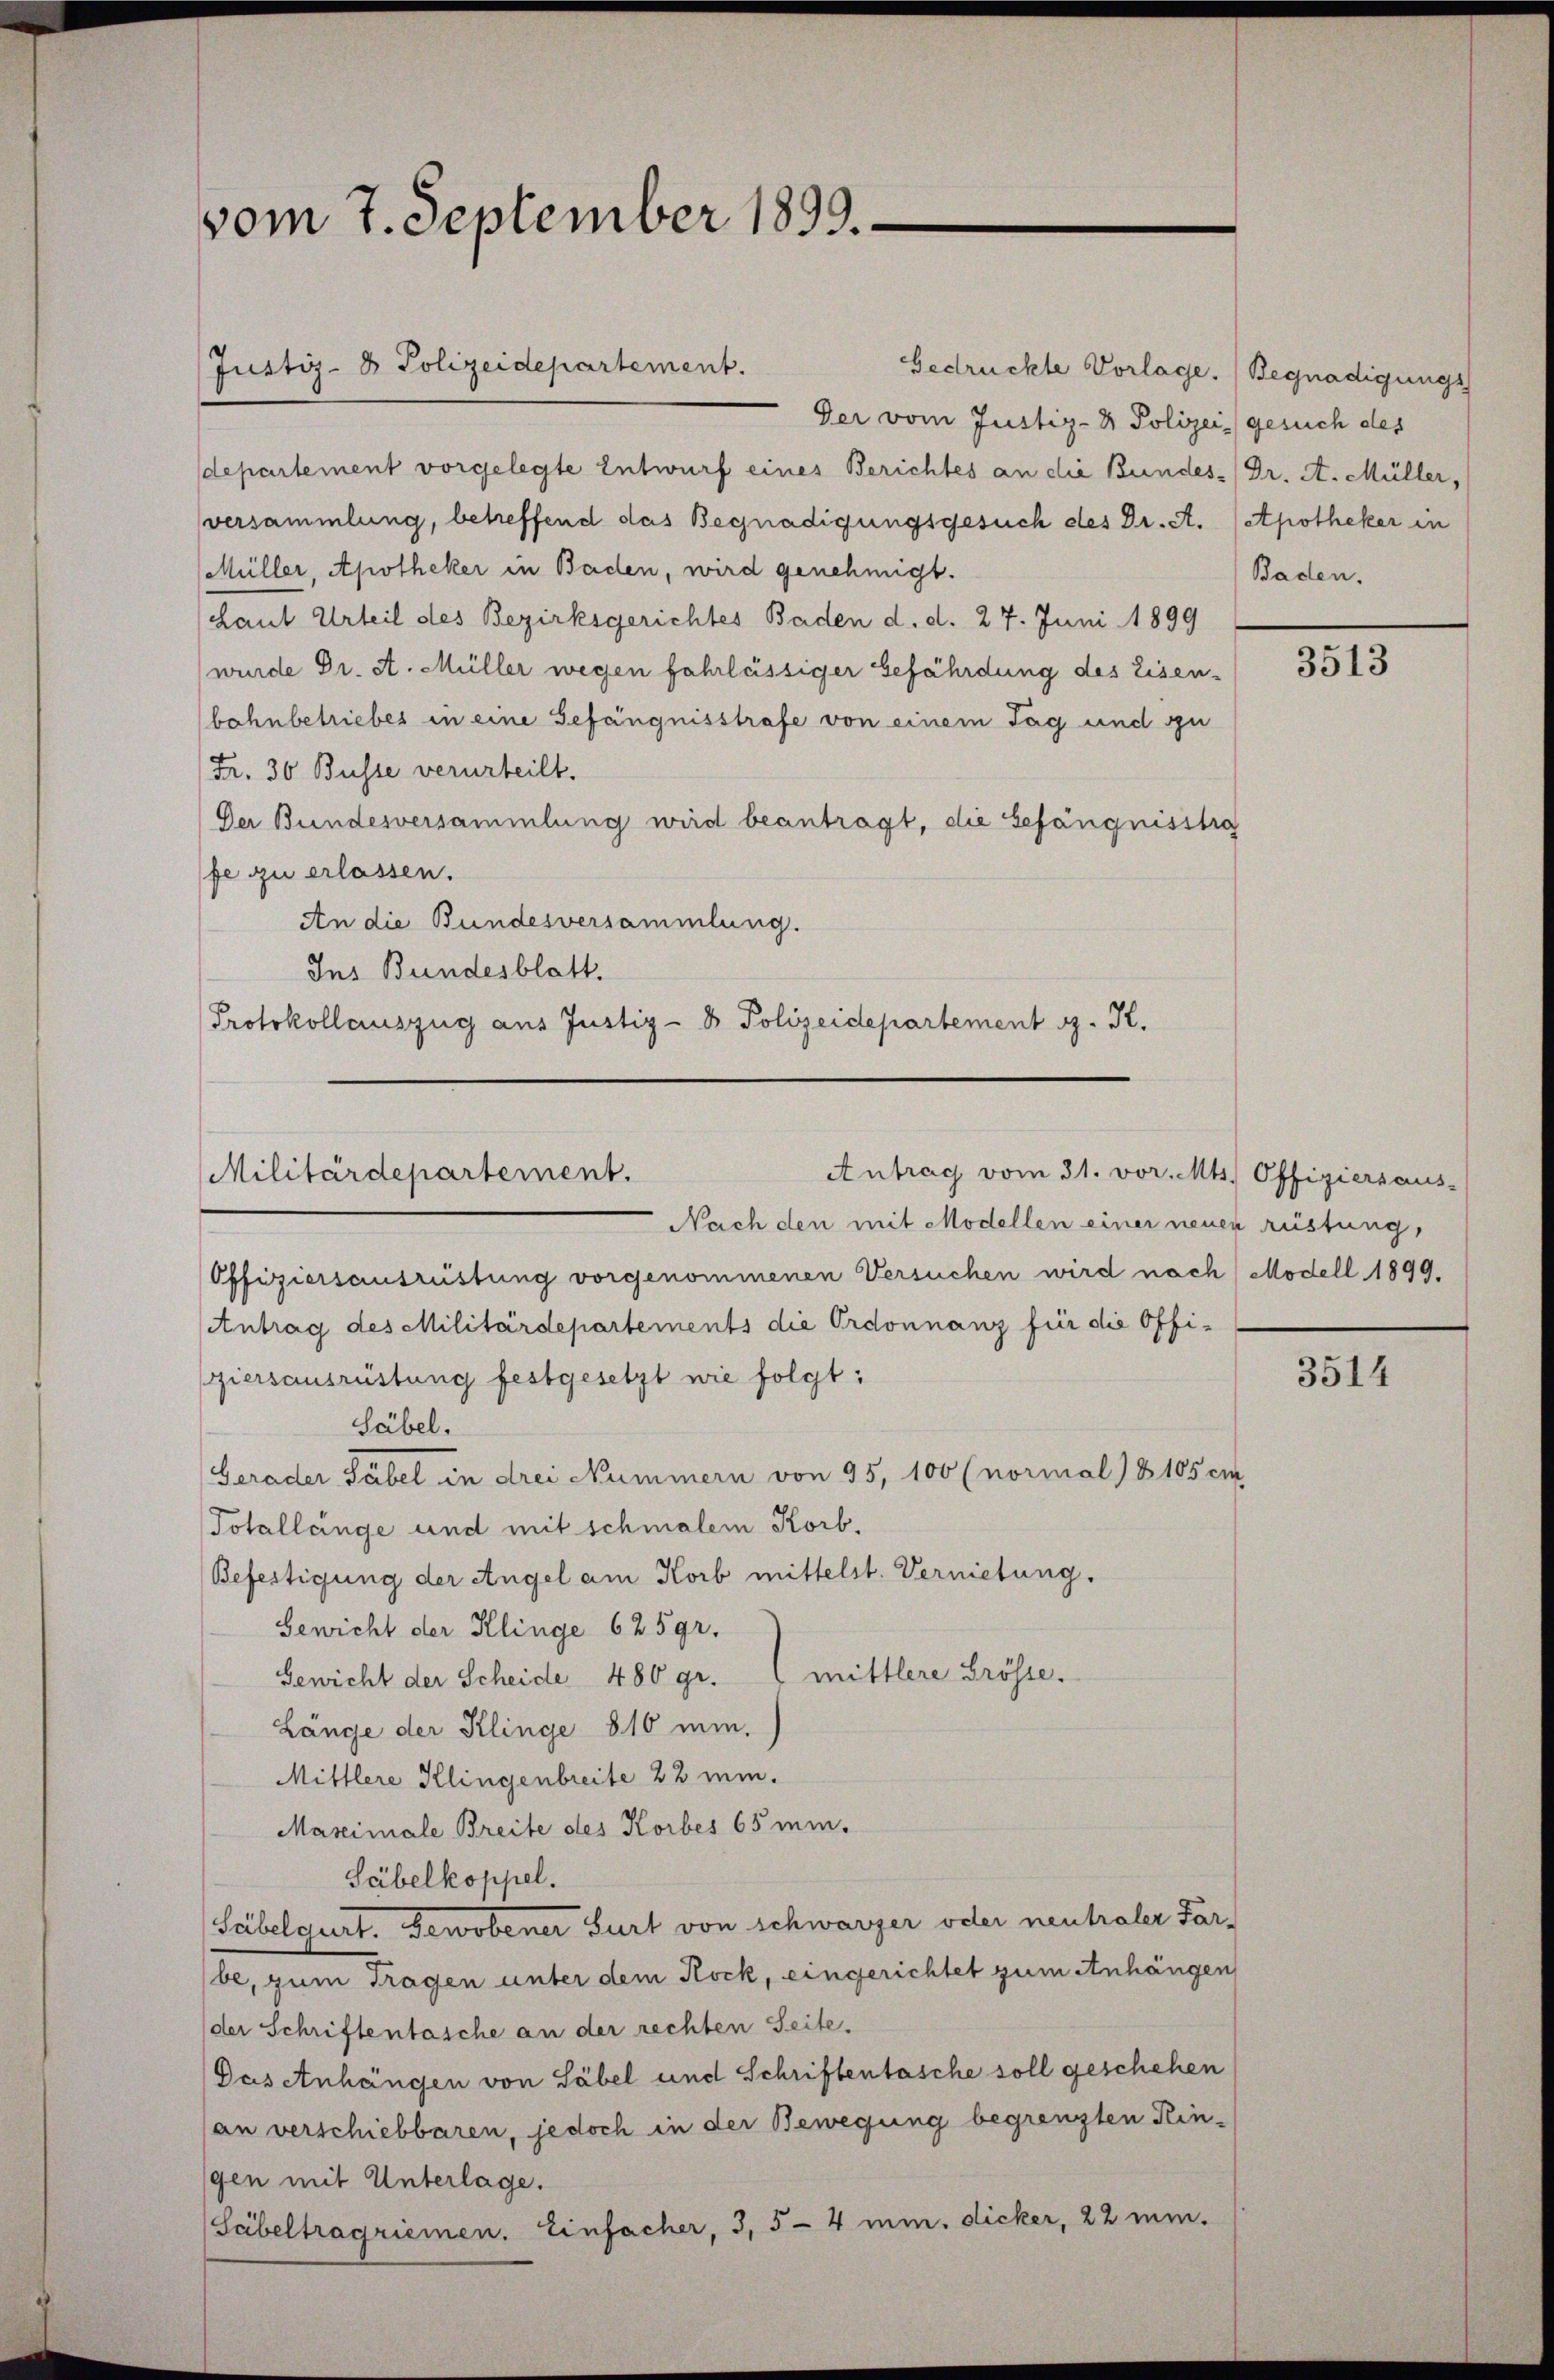
vom 7. September 1899.

Justiz- & Polizeidepartement.

Der vom Justiz- & Polizei gesuch des
departement vorgelegte Entwurf eines Berichtes an die Bundes Dr. A. Müller,
versammlung, betreffend das Begnadigungsgesuch des Dr. A. (Apotheker in
Müller, Apotheker in Baden, wird genehmigt.
Laut Urteil des Bezirksgerichtes Baden d. d. 27. Juni 1899
wurde Dr. A. Müller wegen fahrlässiger Gefährdung des Eisen-
bahnbetriebes in eine Gefängnisstrafe von einem Tag und gu
Fr. 30 Busse verurteilt.
Der Bundesversammlung wird beantragt, die Gefängnisstra
fe zu erlassen.
An die Bundesversammlung.
Ins Bundesblatt.
Protokollauszug aus Justiz- & Polizeidepartement J. K.

Antrag vom 31. vor. Mts. Offiziersaus-
Militärdepartement.

Gedrückte Vorlage. (Begnadigungs

Nach den mit Modellen einer neuen rüstung,
Offiziersausrüstung vorgenommenen Versuchen wird nach Modell 1899.
Antrag des Militärdepartements die Ordonnanz für die Offiziersausrüstung festgesetzt wie folgt:
Säbel.
Gerader Fabel in drei Nummern von 95, 100 (normal) § 105 cm.
Totallänge und mit schmalem Korb.
Befestigung der Angel am Korb mittelst. Vernietung.
Gewicht der Klinge 625 gr.
mittlere Grösse.
Gewicht der Scheide 480 gr.
Länge der Klinge 810 min.
Mittlere Klingenbreite 22 min.
Maximale Breite des Korbes 65 min.
Säbelkoppel.
Säbelgurt. Gewobener Surt von Schwarzer oder neutraler Far-
be, zum Tragen unter dem Kock, eingerichtet zum Anhängen
der Schriftentasche an der rechten Seite.
Das anhängen von Säbel und Schriftentasche soll geschehen
an verschiebbaren, jedoch in der Bewegung begrenzten Reingen mit Unterlage.
Säbeltragriemen. Einfacher, 3, 5 - 4 min. dicker, 22 min¬

Baden,

3513

3514